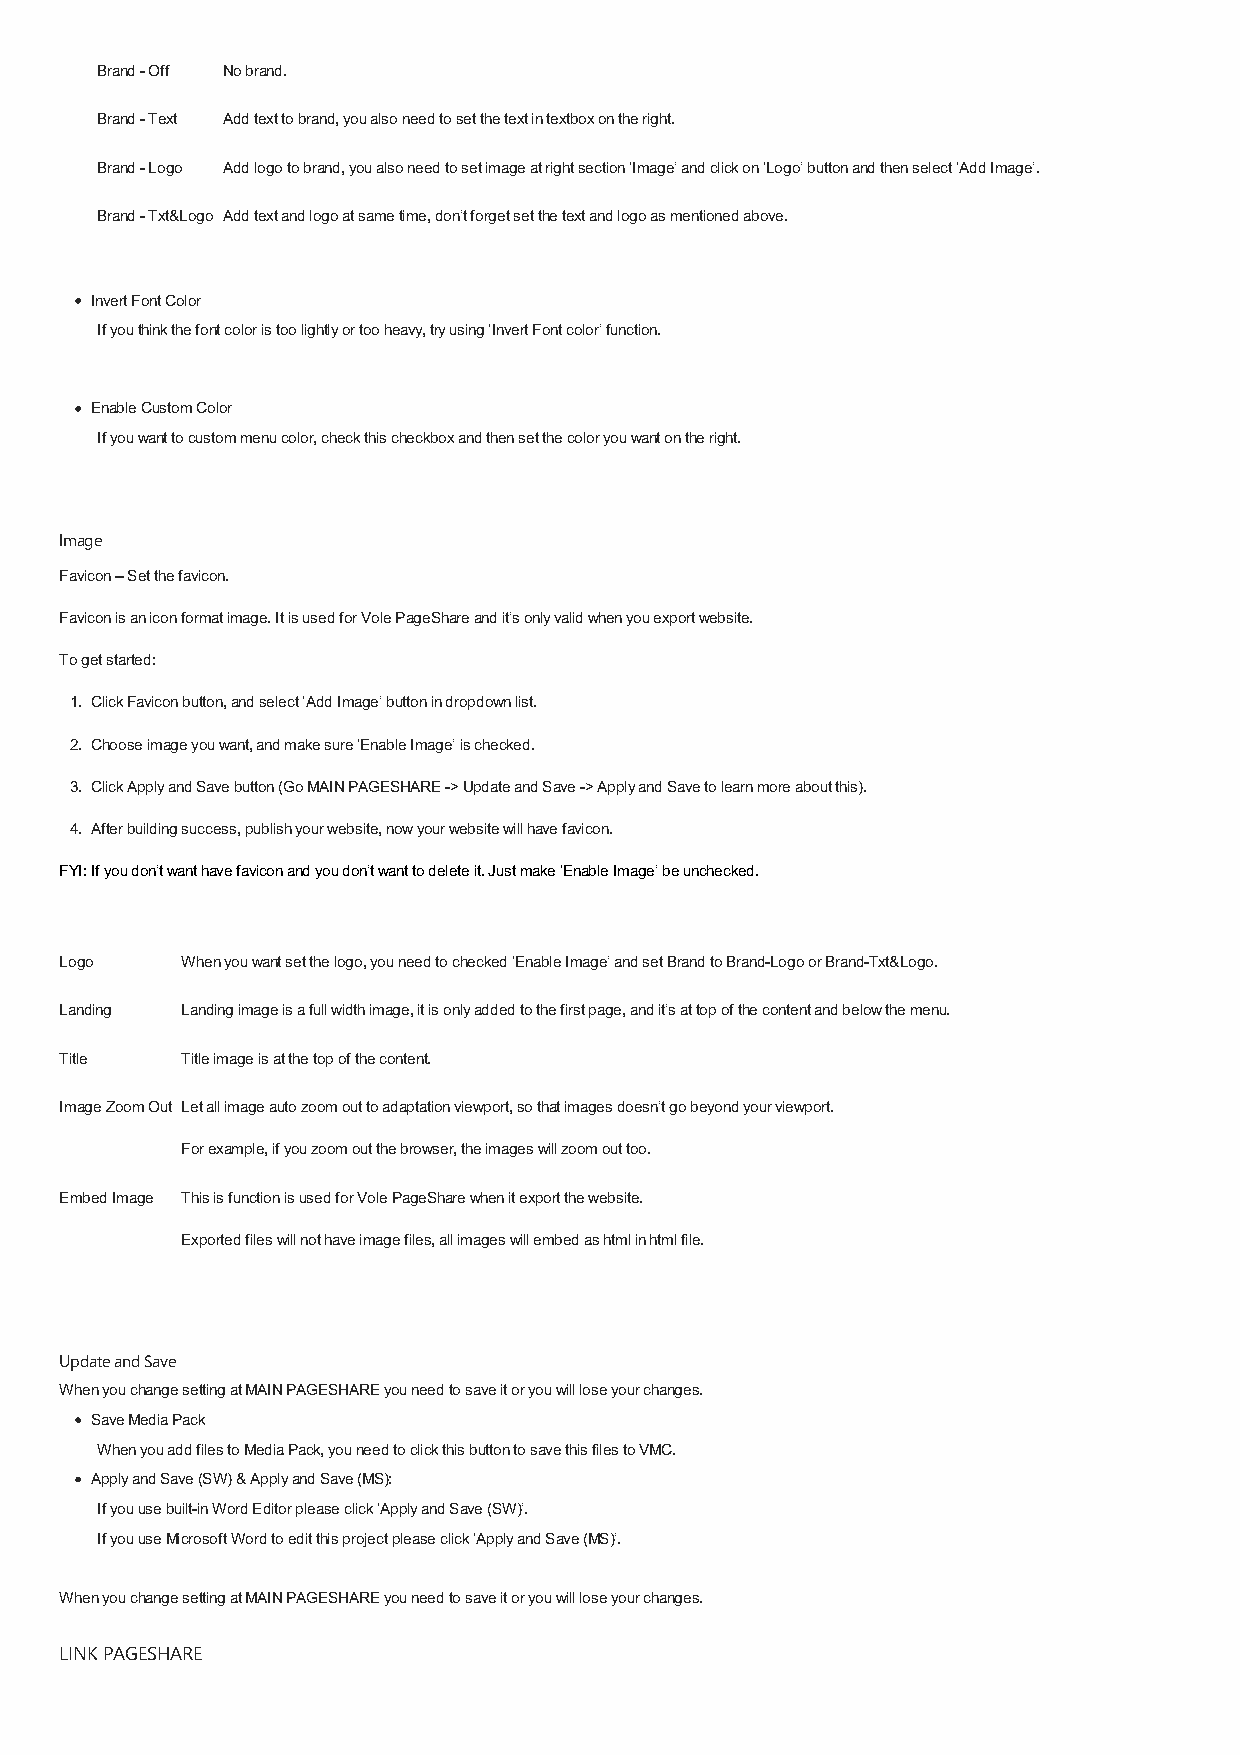
Brand - Off No brand.
 Brand - Text Add text to brand, you also need to set the text in textbox on the right.
 Brand - Logo Add logo to brand, you also need to set image at right section ‘Image’ and click on ‘Logo’ button and then select ‘Add Image’.
 Brand - Txt&Logo Add text and logo at same time, don’t forget set the text and logo as mentioned above.
 Invert Font Color
 If you think the font color is too lightly or too heavy, try using ‘Invert Font color’ function.
 Enable Custom Color
 If you want to custom menu color, check this checkbox and then set the color you want on the right.
 Image
 Favicon – Set the favicon.
 Favicon is an icon format image. It is used for Vole PageShare and it’s only valid when you export website.
 To get started:
 1. Click Favicon button, and select ‘Add Image’ button in dropdown list.
 2. Choose image you want, and make sure ‘Enable Image’ is checked.
 3. Click Apply and Save button (Go MAIN PAGESHARE -> Update and Save -> Apply and Save to learn more about this).
 4. After building success, publish your website, now your website will have favicon.
 FYI: If you don’t want have favicon and you don’t want to delete it. Just make ‘Enable Image’ be unchecked.
 Logo    When you want set the logo, you need to checked ‘Enable Image’ and set Brand to Brand-Logo or Brand-Txt&Logo.
 Landing Landing image is a full width image, it is only added to the first page, and it’s at top of the content and below the menu.
 Title   Title image is at the top of the content.
 Image Zoom Out Let all image auto zoom out to adaptation viewport, so that images doesn’t go beyond your viewport.
 For example, if you zoom out the browser, the images will zoom out too.
 Embed Image This is function is used for Vole PageShare when it export the website.
 Exported files will not have image files, all images will embed as html in html file.
 Update and Save
 When you change setting at MAIN PAGESHARE you need to save it or you will lose your changes.
 Save Media Pack
 When you add files to Media Pack, you need to click this button to save this files to VMC.
 Apply and Save (SW) & Apply and Save (MS):
 If you use built-in Word Editor please click ‘Apply and Save (SW)’.
 If you use Microsoft Word to edit this project please click ‘Apply and Save (MS)’.
 When you change setting at MAIN PAGESHARE you need to save it or you will lose your changes.
 LINK PAGESHARE